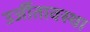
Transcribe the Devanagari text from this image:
उर्जीतावस्था